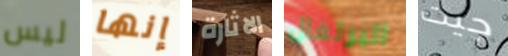
ليس إنها الاثارة البرتغال جيت